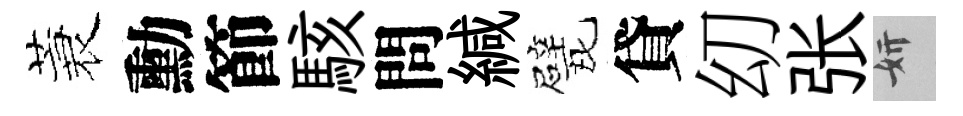
蓑勳節駭問緘戏貸㓜张妍